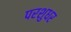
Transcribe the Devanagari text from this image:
परशुधर